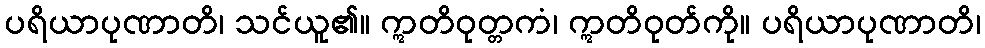
ပရိယာပုဏာတိ၊ သင်ယူ၏။ ဣတိဝုတ္တကံ၊ ဣတိဝုတ်ကို။ ပရိယာပုဏာတိ၊